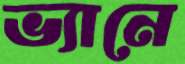
ভ্যানে